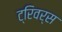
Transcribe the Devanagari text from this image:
ट्रिवर्स